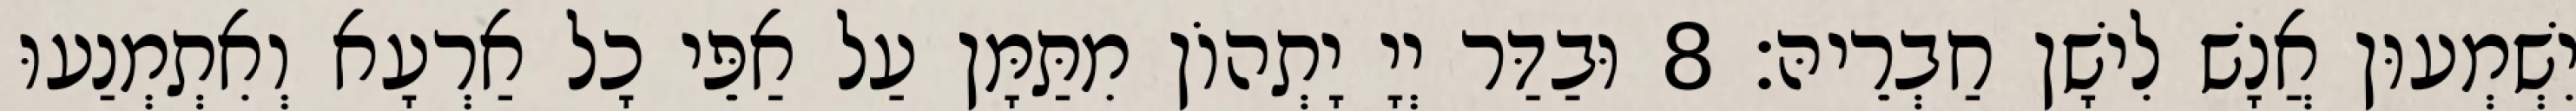
יִשְׁמְעוּן אֲנָשׁ לִישָׁן חַבְרֵיהּ׃ 8 וּבַדַּר יְיָ יָתְהוֹן מִתַּמָּן עַל אַפֵּי כָל אַרְעָא וְאִתְמְנַעוּ